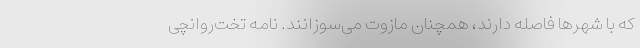
که با شهرها فاصله دارند، همچنان مازوت می‌سوزانند. نامه تخت‌روانچی